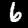
Digit: 6